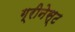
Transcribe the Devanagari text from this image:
ग्रीनेस्ट